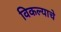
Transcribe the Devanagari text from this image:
विकल्याचे